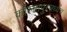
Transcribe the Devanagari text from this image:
कोल्हापुरमध्येच